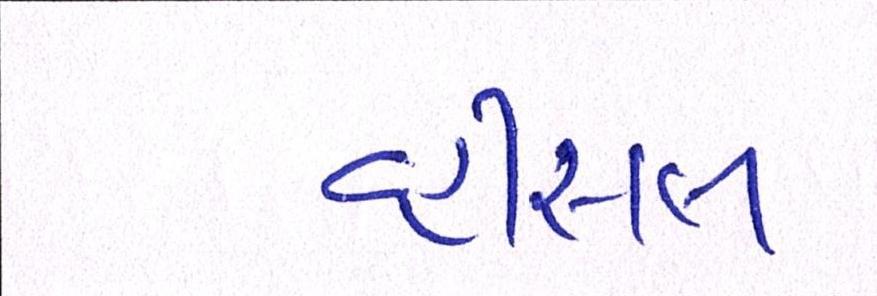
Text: વ્હીસલ